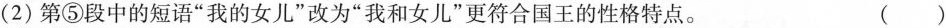
(2)第⑤段中的短语”我的女儿”改为”我和女儿”更符合国王的性格特点。